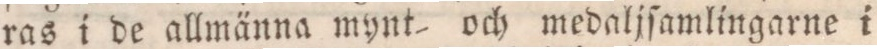
ras i de allmänna mynt- och medaljſamlingarne i